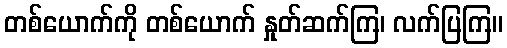
တစ်ယောက်ကို တစ်ယောက် နှုတ်ဆက်ကြ၊ လက်ပြကြ။